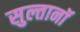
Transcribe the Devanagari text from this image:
सुल्तानॉ